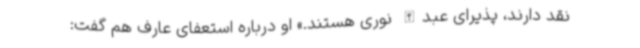
نقد دارند، پذیرای عبدالله نوری هستند.» او درباره استعفای عارف هم گفت: